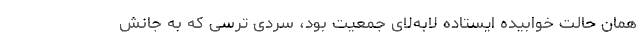
همان حالت خوابیده ایستاده لابه‌لای جمعیت بود، سردیِ ترسی که به جانش